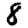
Digit: 8